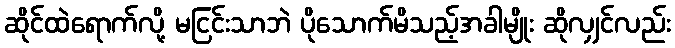
ဆိုင်ထဲရောက်လို့ မငြင်းသာဘဲ ပိုသောက်မိသည့်အခါမျိုး ဆိုလျှင်လည်း